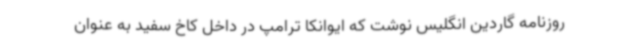
روزنامه گاردین انگلیس نوشت که ایوانکا ترامپ در داخل کاخ سفید به عنوان